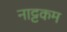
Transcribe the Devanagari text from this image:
नाट्टकम